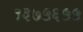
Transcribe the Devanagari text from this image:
१३७५६५५